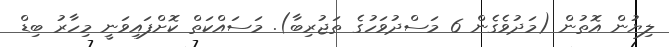
ލިޔުން އޮތުން (މަދުވެގެން 6 މަސްދުވަހުގެ ތަޖުރިބާ). މަސައްކަތް ކޮށްފައިވަނީ މިހާރު ބިޑް